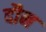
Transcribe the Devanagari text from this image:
दौन